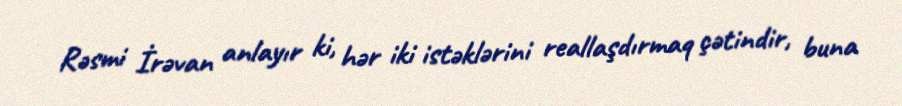
Rəsmi İrəvan anlayır ki, hər iki istəklərini reallaşdırmaq çətindir, buna